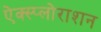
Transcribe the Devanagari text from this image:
ऐक्स्प्लोराशन